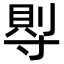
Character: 𡬷